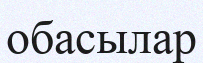
обасылар